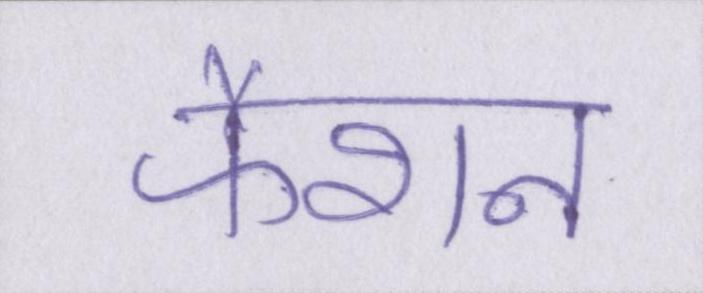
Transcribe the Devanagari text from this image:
फैशन